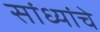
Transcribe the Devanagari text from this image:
सांध्यांचे